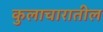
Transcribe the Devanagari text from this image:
कुलाचारातील